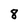
Character: 8